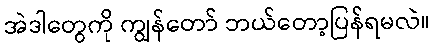
အဲဒါတွေကို ကျွန်တော် ဘယ်တော့ပြန်ရမလဲ။